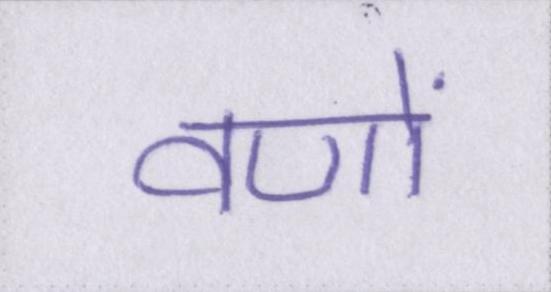
वणों